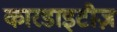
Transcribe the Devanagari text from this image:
कारडाइटीज़